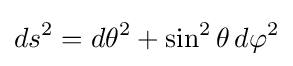
ds^{2}=d\theta ^{2}+\sin ^{2}\theta \,d\varphi ^{2}